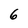
Character: 6